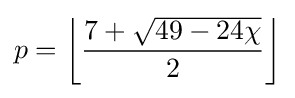
p=\left\lfloor {\frac {7+{\sqrt {49-24\chi }}}{2}}\right\rfloor